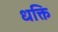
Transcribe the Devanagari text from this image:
धक्ति